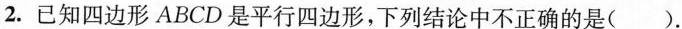
2.已知四边形ABCD是平行四边形，下列结论中不正确的是( ).